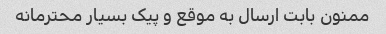
ممنون بابت ارسال به موقع و پیک بسیار محترمانه